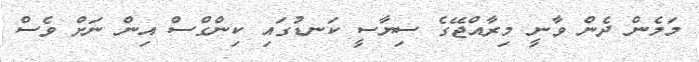
މަމެން ދެން ވާނީ މިރާއްޖޭގެ ސިޔާސީ ކަނޑުގައި ކިންގްސް އިން ނަށް ވެސް